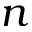
n